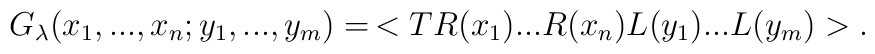
G_{\lambda}(x_1,...,x_n;y_1,...,y_m)=\,<TR(x_1)...                                         R(x_n)                                         L(y_1)...                                         L(y_m)>.